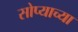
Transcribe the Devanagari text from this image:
सोप्याच्या